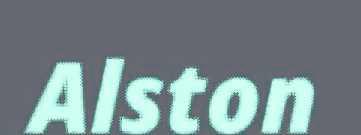
Alston